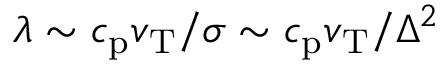
\lambda \sim c _ { \mathrm { p } } v _ { \mathrm { T } } / \sigma \sim c _ { \mathrm { p } } v _ { \mathrm { T } } / \Delta ^ { 2 }